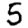
Digit: 5